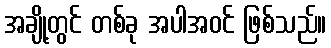
အချို့တွင် တစ်ခု အပါအဝင် ဖြစ်သည်။